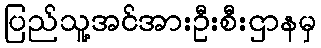
ပြည်သူ့အင်အားဦးစီးဌာနမှ